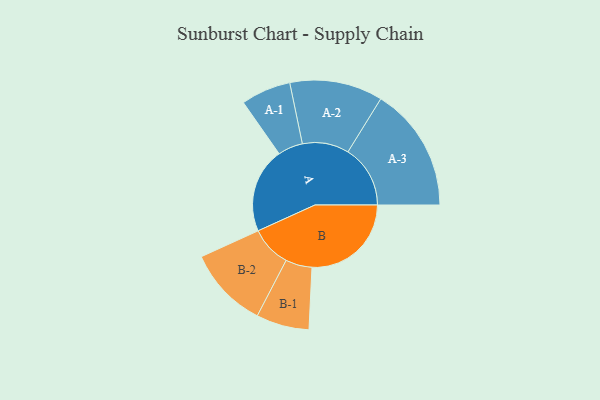
{"axis": {"x": "Segment", "y": "Value"}, "legend": ["", "A", "B"], "data": [{"x": "A", "y": 382, "type": ""}, {"x": "B", "y": 446, "type": ""}, {"x": "A-1", "y": 112, "type": "A"}, {"x": "A-2", "y": 209, "type": "A"}, {"x": "A-3", "y": 280, "type": "A"}, {"x": "B-1", "y": 119, "type": "B"}, {"x": "B-2", "y": 183, "type": "B"}]}